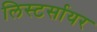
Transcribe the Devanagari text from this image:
लिस्टर्सायर